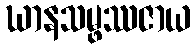
ဃာနသမ္ဖဿဇာယ